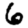
Digit: 6